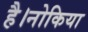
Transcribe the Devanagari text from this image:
है।नोकिया